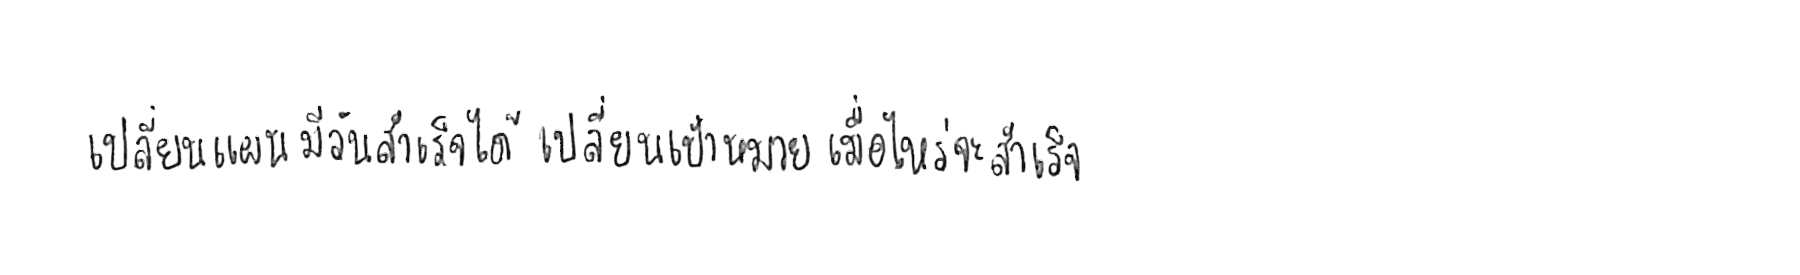
เปลี่ยนแผน มีวันสำเร็จได้ เปลี่ยนเป้าหมาย เมื่อไหร่จะสำเร็จ